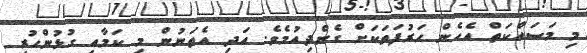
މި މަސައްކަތް އެހެން ހަރުފަތަކަށް ގެންދިއުމެވެ. އަދި އެތަނުން މި ކަމާއި ގުޅުންހުރި